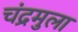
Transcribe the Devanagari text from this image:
चंद्रमुला